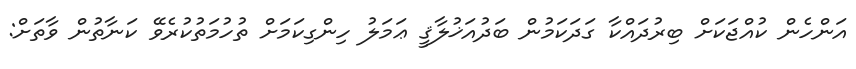
އަންހެން ކުއްޖަކަށް ބިރުދައްކާ ގަދަކަމުން ބަދުއަޚުލާޤީ ޢަމަލު ހިންގިކަމަށް ތުހުމަތުކުރެވޭ ކަނާތުން ވާތަށް: